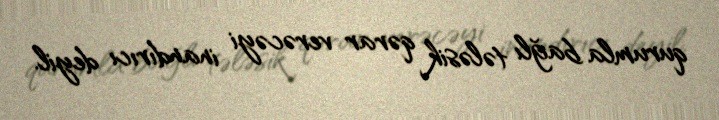
qurumla bağlı tələsik qərar verəcəyi inandırıcı deyil.